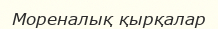
Мореналық қырқалар